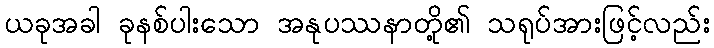
ယခုအခါ ခုနစ်ပါးသော အနုပဿနာတို့၏ သရုပ်အားဖြင့်လည်း